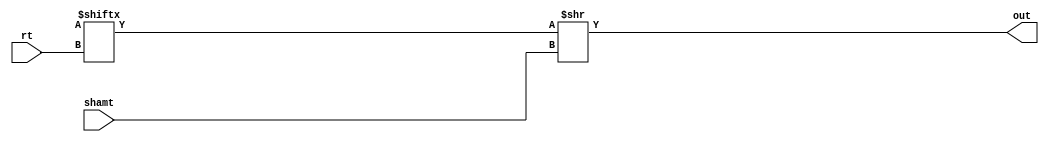
module srl
(
	input	[4:0]	rt, shamt,
	output	[31:0]	out
);

        assign out = glob.r[rt] >> shamt;

endmodule